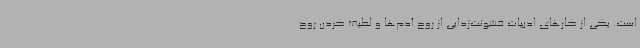
است. یکی از کارهای ادبیات خشونت‌زدایی از روح آدم‌ها و لطیف کردن روح